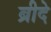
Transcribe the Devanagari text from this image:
ब्रीदे